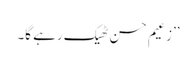
’’زعیم حسن ٹھیک رہے گا۔